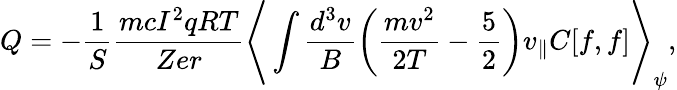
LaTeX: Q=-\frac{1}{S}\frac{mcI^{2}qRT}{Zer}\Bigg\langle\int\frac{d^{3}v}{B}\left(\frac{mv^{2}}{2T}-\frac{5}{2}\right)v_{\parallel}C[f,f]\Bigg\rangle_{\psi},